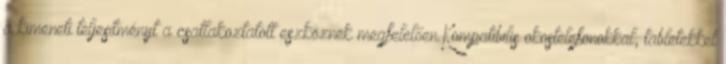
a kimeneti teljesítményt a csatlakoztatott eszköznek megfelelően.Kompatibilis okostelefonokkal, tabletekkel